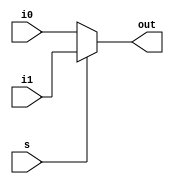
module mux2_1(
  input i0,
  input i1,
  input s,
  output out);

assign out = (~s)?i0:i1;

endmodule